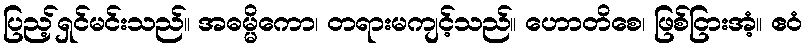
ပြည့်ရှင်မင်းသည်။ အဓမ္မိကော၊ တရားမကျင့်သည်။ ဟောတိစေ၊ ဖြစ်ငြားအံ့။ ဧဝံ